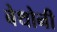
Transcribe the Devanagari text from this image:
बेथोनी